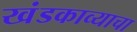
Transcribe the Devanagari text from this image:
खंडकाव्याचा